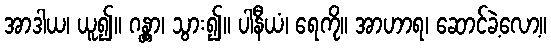
အာဒါယ၊ ယူ၍။ ဂန္တွာ၊ သွား၍။ ပါနီယံ၊ ရေကို။ အာဟာရ၊ ဆောင်ခဲ့လော့။